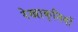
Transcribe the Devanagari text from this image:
रेखाकृतियों